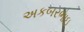
અકબરભાઇ